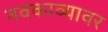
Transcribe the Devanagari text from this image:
नवकाव्यावर